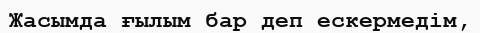
Жасымда ғылым бар деп ескермедім,